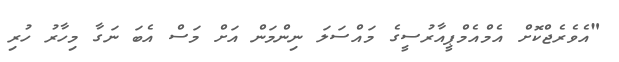
"އެވެރެޖްކޮށް އެމްއެމްޕީއާރުސީގެ މައްސަލަ ނިންމަން އަށް މަސް އެބަ ނަގާ މިހާރު ހުރި